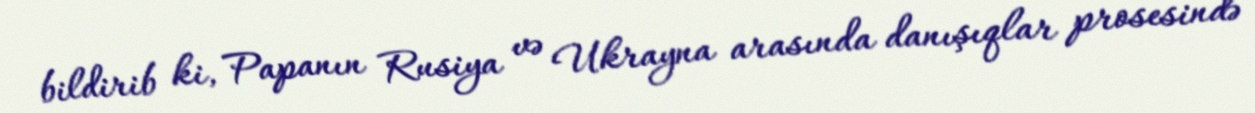
bildirib ki, Papanın Rusiya və Ukrayna arasında danışıqlar prosesində